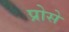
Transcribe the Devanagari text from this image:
प्रोसे